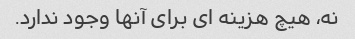
نه، هیچ هزینه ای برای آنها وجود ندارد.